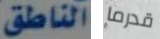
الناطق قدرما